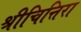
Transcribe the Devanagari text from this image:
श्रीचित्तिरा